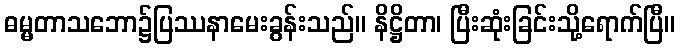
ဓမ္မတာသဘော၌ပြဿနာမေးခွန်းသည်။ နိဋ္ဌိတာ၊ ပြီးဆုံးခြင်းသို့ရောက်ပြီ။